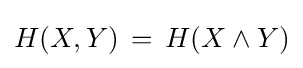
H(X,Y)\,=\,H(X\wedge Y)